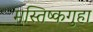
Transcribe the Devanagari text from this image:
मस्तिष्कगुहा